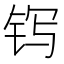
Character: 䥾